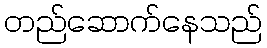
တည်ဆောက်နေသည်